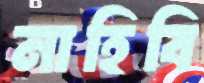
নাহিবি